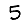
Digit: 5